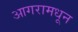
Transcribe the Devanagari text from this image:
आगरामधून